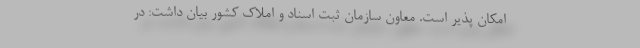
امکان پذیر است. معاون سازمان ثبت اسناد و املاک کشور بیان داشت: در